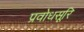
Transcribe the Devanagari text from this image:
प्रवोधसूरि